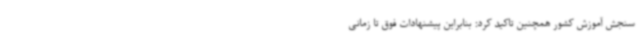
سنجش آموزش کشور همچنین تاکید کرد: بنابراین پیشنهادات فوق تا زمانی